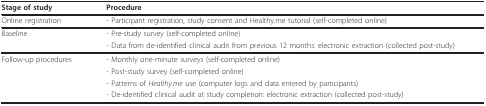
| Stage of study | Procedure |
 | --- | --- |
 | Online registration | - Participant registration, study consent and Healthy.me tutorial (self-completed online) |
 | Baseline | - Pre-study survey (self-completed online) |
 |  | - Data from de-identified clinical audit from previous 12 months: electronic extraction (collected post-study) |
 | Follow-up procedures | - Monthly one-minute surveys (self-completed online) |
 |  | - Post-study survey (self-completed online) |
 |  | - Patterns of Healthy.me use (computer logs and data entered by participants) |
 |  | - De-identified clinical audit at study completion: electronic extraction (collected post-study) |